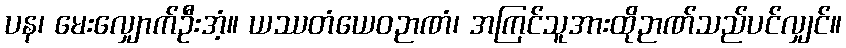
ပန၊ မေးလျှောက်ဦးအံ့။ ယဿတံယေဝဉာဏံ၊ အကြင်သူအားထိုဉာဏ်သည်ပင်လျှင်။